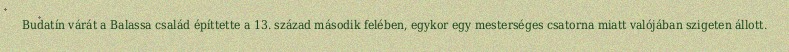
Budatín várát a Balassa család építtette a 13. század második felében, egykor egy mesterséges csatorna miatt valójában szigeten állott.